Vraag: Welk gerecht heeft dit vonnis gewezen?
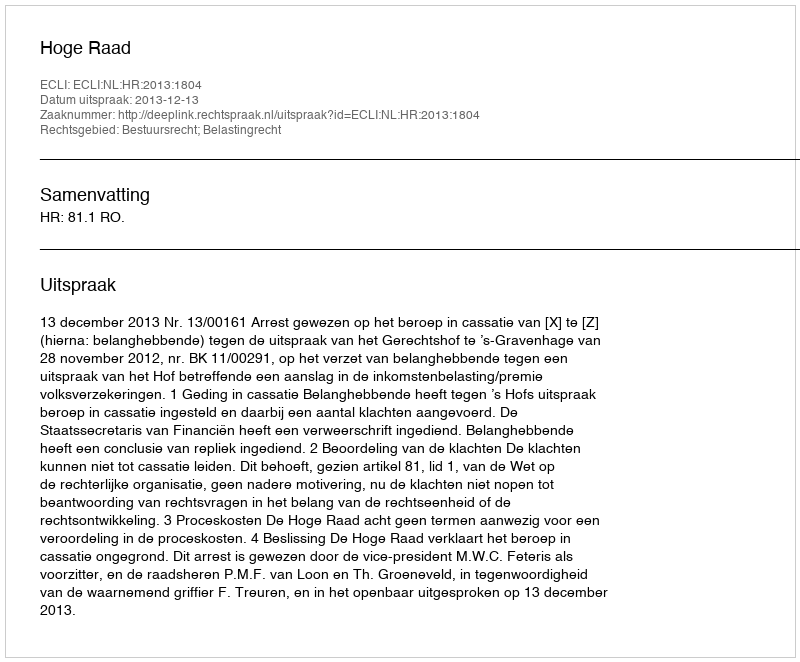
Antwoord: Hoge Raad